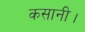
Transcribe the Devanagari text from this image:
कसानी।